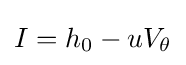
I=h_{0}-uV_{\theta }